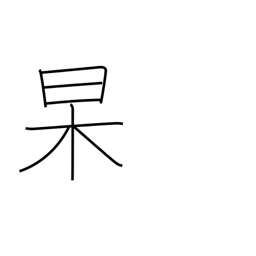
Meaning: clear